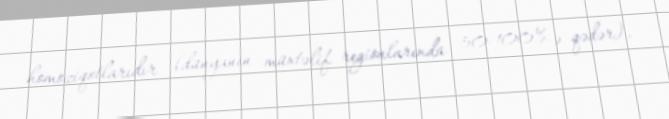
homoziqotlarıdır (dünyanın müxtəlif regionlarında 50-100%-ə qədər).